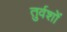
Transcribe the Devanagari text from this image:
तुर्वशों